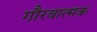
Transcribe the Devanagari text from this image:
गौरवात्मक